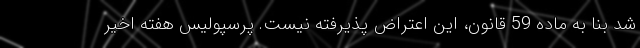
شد بنا به ماده 59 قانون، این اعتراض پذیرفته نیست. پرسپولیس هفته اخیر